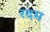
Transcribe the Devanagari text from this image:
रदम